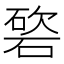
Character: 𥔩